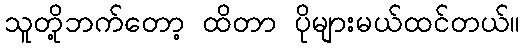
သူတို့ဘက်တော့ ထိတာ ပိုများမယ်ထင်တယ်။